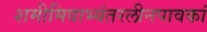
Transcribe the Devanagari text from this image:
शमीमिवाभ्यंतरलीनपावकां